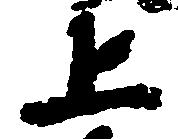
上